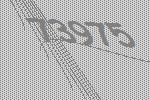
73975